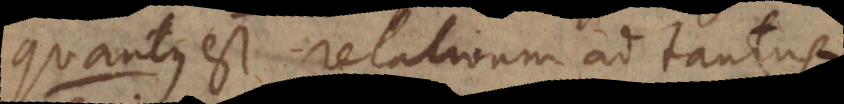
quantus est relativum ad tantus.